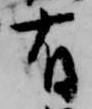
有